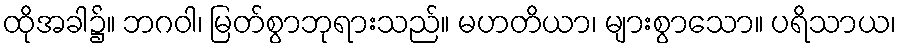
ထိုအခါ၌။ ဘဂဝါ၊ မြတ်စွာဘုရားသည်။ မဟတိယာ၊ များစွာသော။ ပရိသာယ၊